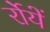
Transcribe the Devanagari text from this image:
र्रोयें